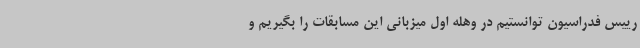
رییس فدراسیون توانستیم در وهله اول میزبانی این مسابقات را بگیریم و